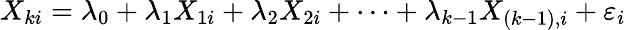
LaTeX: X_{ki}=\lambda_{0}+\lambda_{1}X_{1i}+\lambda_{2}X_{2i}+\dots+\lambda_{k-1}X_{(k-1),i}+\varepsilon_{i}